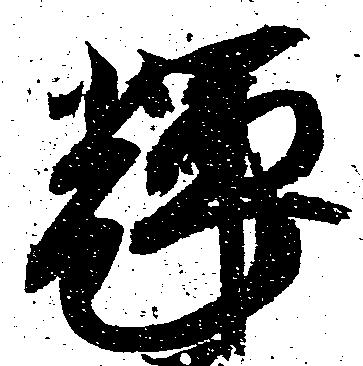
輝